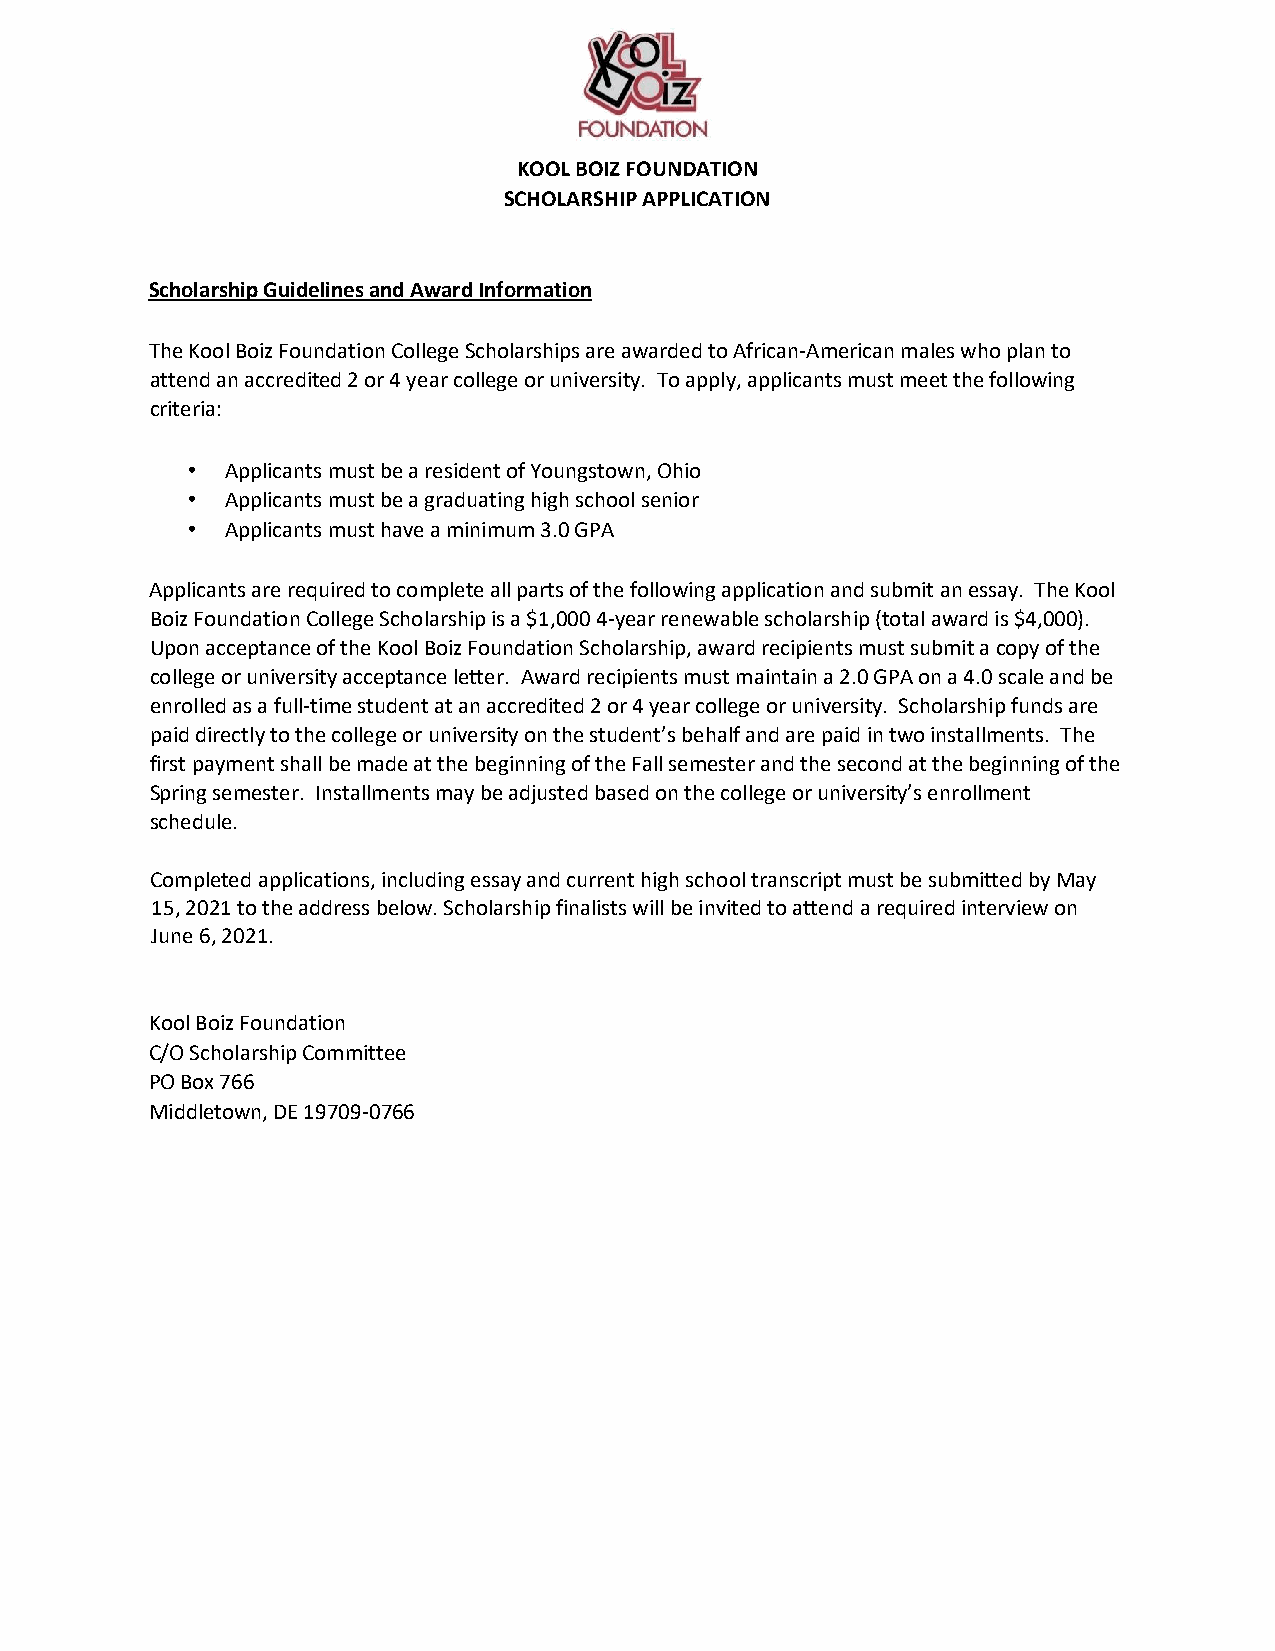
KOOL BOIZ FOUNDATION
 SCHOLARSHIP APPLICATION
 Scholarship Guidelines and Award Information
 The Kool Boiz Foundation College Scholarships are awarded to African-American males who plan to
 attend an accredited 2 or 4 year college or university. To apply, applicants must meet the following
 criteria:
 •  Applicants must be a resident of Youngstown, Ohio
 •  Applicants must be a graduating high school senior
 •  Applicants must have a minimum 3.0 GPA
 Applicants are required to complete all parts of the following application and submit an essay. The Kool
 Boiz Foundation College Scholarship is a $1,000 4-year renewable scholarship (total award is $4,000).
 Upon acceptance of the Kool Boiz Foundation Scholarship, award recipients must submit a copy of the
 college or university acceptance letter. Award recipients must maintain a 2.0 GPA on a 4.0 scale and be
 enrolled as a full-time student at an accredited 2 or 4 year college or university. Scholarship funds are
 paid directly to the college or university on the student’s behalf and are paid in two installments. The
 first payment shall be made at the beginning of the Fall semester and the second at the beginning of the
 Spring semester. Installments may be adjusted based on the college or university’s enrollment
 schedule.
 Completed applications, including essay and current high school transcript must be submitted by May
 15, 2021 to the address below. Scholarship finalists will be invited to attend a required interview on
 June 6, 2021.
 Kool Boiz Foundation
 C/O Scholarship Committee
 PO Box 766
 Middletown, DE 19709-0766